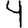
Digit: 4